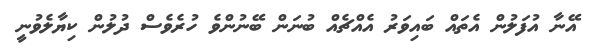
އޭނާ އުފަލުން އެތައް ބައިވަރު އެއްޗެއް ބުނަން ބޭނުންވެ ހުރެވެސް ދުލުން ކިޔާލެވުނީ